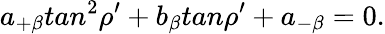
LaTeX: a_{+\beta}tan^{2}\rho^{\prime}+b_{\beta}tan\rho^{\prime}+a_{-\beta}=0.